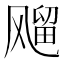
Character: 飗